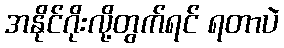
အနိုင်ဂိုးလို့တွက်ရင် ရတာပဲ